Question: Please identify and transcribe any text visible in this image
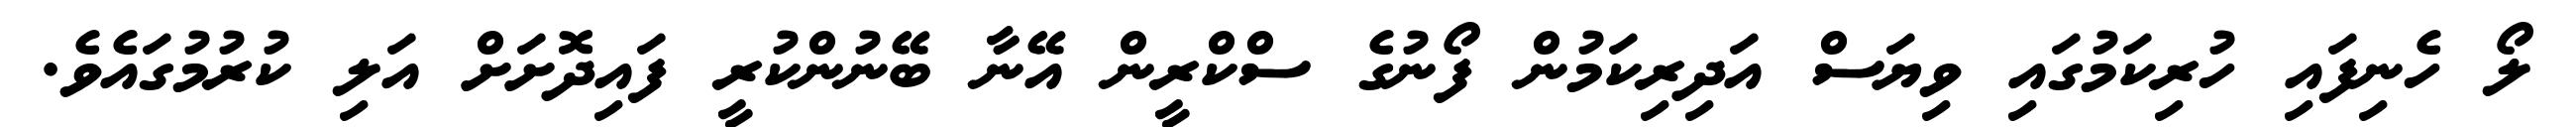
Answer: ލޯ ހެނިފައި ހުރިކަމުގައި ވިޔަސް އަދިރިކަމުން ފޯނުގެ ސްކްރީން އޭނާ ބޭނުންކުރީ ފައިދޮށަށް އަލި ކުރުމުގައެވެ.